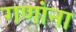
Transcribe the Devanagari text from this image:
गणांना